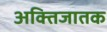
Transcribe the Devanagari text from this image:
अक्तिजातक